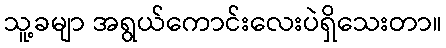
သူ့ခမျာ အရွယ်ကောင်းလေးပဲရှိသေးတာ။